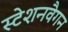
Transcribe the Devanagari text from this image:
स्टेशनवैगन